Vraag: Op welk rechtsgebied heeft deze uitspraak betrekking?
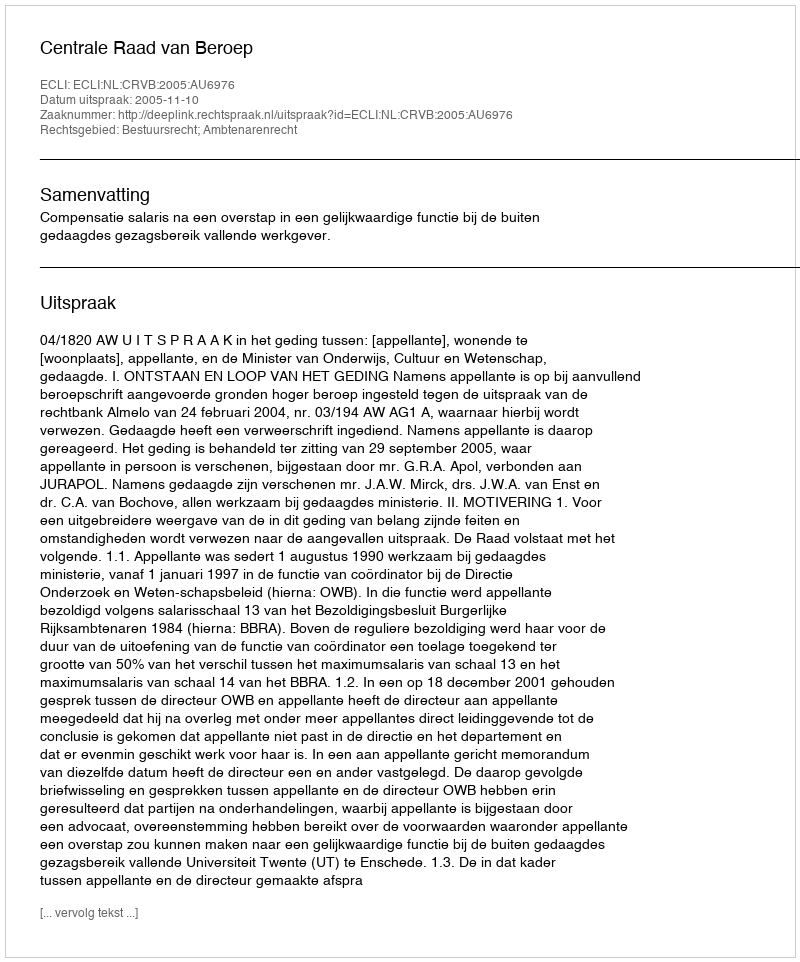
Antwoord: Bestuursrecht; Ambtenarenrecht